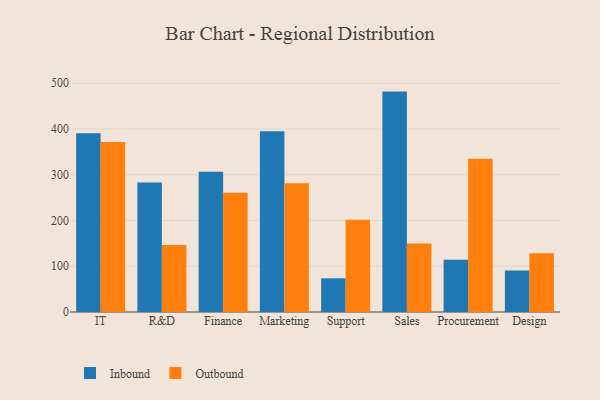
{"axis": {"x": "Department", "y": "Humidity (%)"}, "legend": ["Inbound", "Outbound"], "data": [{"x": "IT", "y": 390.9, "type": "Inbound"}, {"x": "IT", "y": 371.5, "type": "Outbound"}, {"x": "R&D", "y": 283.3, "type": "Inbound"}, {"x": "R&D", "y": 146.3, "type": "Outbound"}, {"x": "Finance", "y": 306.6, "type": "Inbound"}, {"x": "Finance", "y": 260.8, "type": "Outbound"}, {"x": "Marketing", "y": 395.3, "type": "Inbound"}, {"x": "Marketing", "y": 281.2, "type": "Outbound"}, {"x": "Support", "y": 73.6, "type": "Inbound"}, {"x": "Support", "y": 201.6, "type": "Outbound"}, {"x": "Sales", "y": 481.8, "type": "Inbound"}, {"x": "Sales", "y": 149.7, "type": "Outbound"}, {"x": "Procurement", "y": 114.3, "type": "Inbound"}, {"x": "Procurement", "y": 335.1, "type": "Outbound"}, {"x": "Design", "y": 90.5, "type": "Inbound"}, {"x": "Design", "y": 128.7, "type": "Outbound"}]}